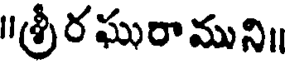
॥శ్రీరఘురాముని॥